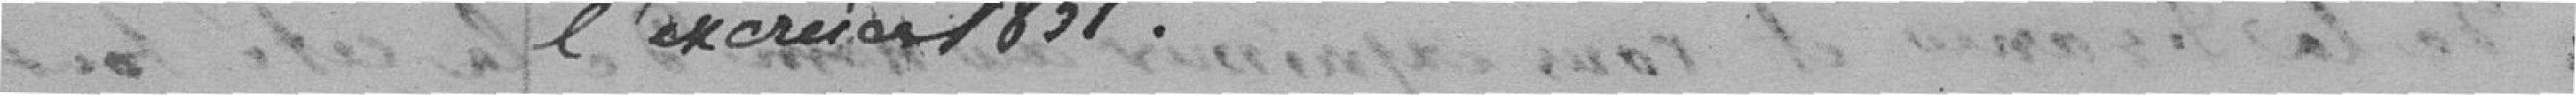
l'exercice 1857.